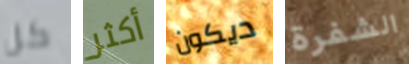
كل أكثر ديكون الشفرة